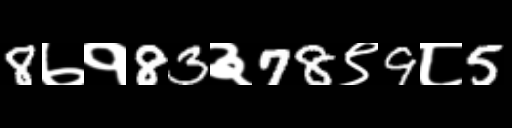
Text: 8७१83३78९9८5